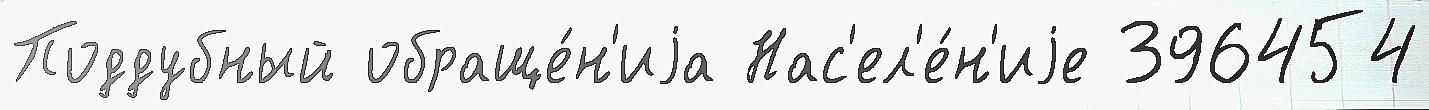
Поддубный обраще́н'иjа Нас'ел'е́н'иjе 396454